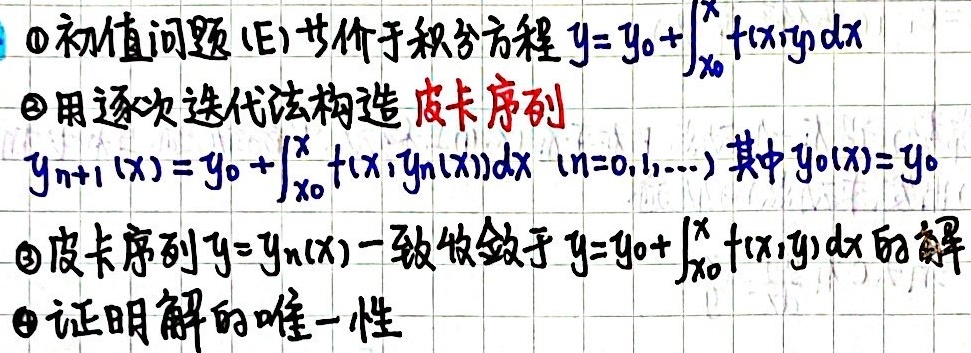
\textcircled{1}初值问题(E)等价于积分方程 \(y = y_{0}+\int_{x_{0}}^{x} f(x,y)dx\)
\textcircled{2}用逐次迭代法构造 皮卡序列
\(y_{n + 1}(x)=y_{0}+\int_{x_{0}}^{x} f(x,y_{n}(x))dx\ (n = 0,1,\cdots)\) 其中 \(y_{0}(x)=y_{0}\)
\textcircled{3}皮卡序列 \(y = y_{n}(x)\)一致收敛于 \(y = y_{0}+\int_{x_{0}}^{x} f(x,y)dx\)的解
\textcircled{4}证明解的唯一性